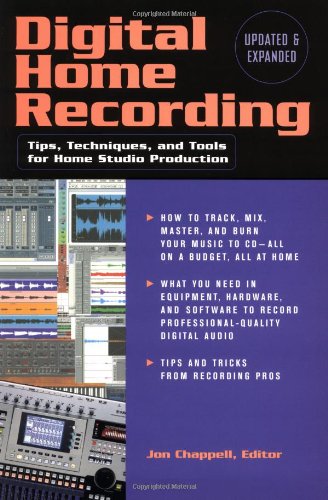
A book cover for DIGITAL HOME RECORDING 2ND   EDITION                        SOFTCOVER; Jon Chappell; Crafts, Hobbies & Home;